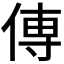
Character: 𫝊